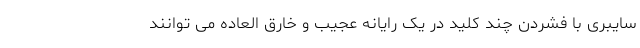
سایبری با فشردن چند کلید در یک رایانه عجیب و خارق العاده می توانند